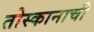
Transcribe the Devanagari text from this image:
तोस्कानाची